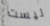
ليست